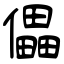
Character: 儡